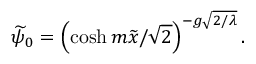
\widetilde { \psi } _ { 0 } = \left( \cosh m \widetilde { x } / \sqrt { 2 } \right) ^ { - g \sqrt { 2 / \lambda } } .